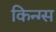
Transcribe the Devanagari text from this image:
किन्ग्स